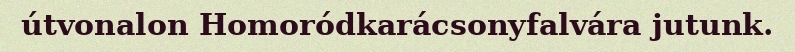
útvonalon Homoródkarácsonyfalvára jutunk.